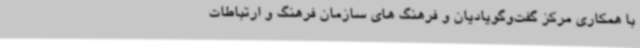
با همکاری مرکز گفت‌وگویادیان و فرهنگ های سازمان فرهنگ و ارتباطات